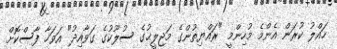
ހައްލު ކުރަން އެންމެ މުހިންމީ "ރައްޔިތުންގެ މަޖިލީޙުގެ ސުލޫކުގެ ގަވާއިދު" އަވަހާ ފާސްކޮށް